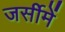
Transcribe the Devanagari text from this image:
जर्सीमें